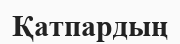
Қатпардың